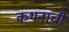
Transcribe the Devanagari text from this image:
कथनाची